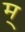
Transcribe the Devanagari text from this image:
म॒